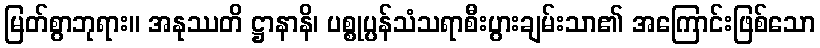
မြတ်စွာဘုရား။ အနုဿတိ ဋ္ဌာနာနိ၊ ပစ္စုပ္ပန်သံသရာစီးပွားချမ်းသာ၏ အကြောင်းဖြစ်သော